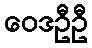
ဝေဒဦဦ